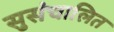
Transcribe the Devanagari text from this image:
सुसंचालित